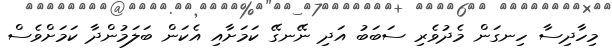
މިހާދިސާ ހިނގަން މެދުވެރި ސަބަބު އަދި ނޭނގޭ ކަމަށާއި އެކަން ބަލަމުންދާ ކަމަށްވެސް